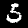
Label: 5